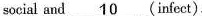
social and \underline{10} (infect).